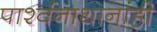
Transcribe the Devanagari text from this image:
पार्श्वनाथानांही